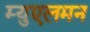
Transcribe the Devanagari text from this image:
म्युएलमन